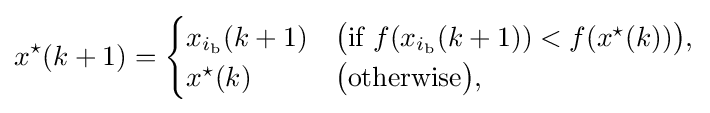
x^{\star }(k+1)={\begin{cases}x_{i_{\text{b}}}(k+1)&{\big (}{\text{if }}f(x_{i_{\text{b}}}(k+1))<f(x^{\star }(k)){\big )},\\x^{\star }(k)&{\big (}{\text{otherwise}}{\big )},\end{cases}}